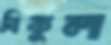
বিকুল